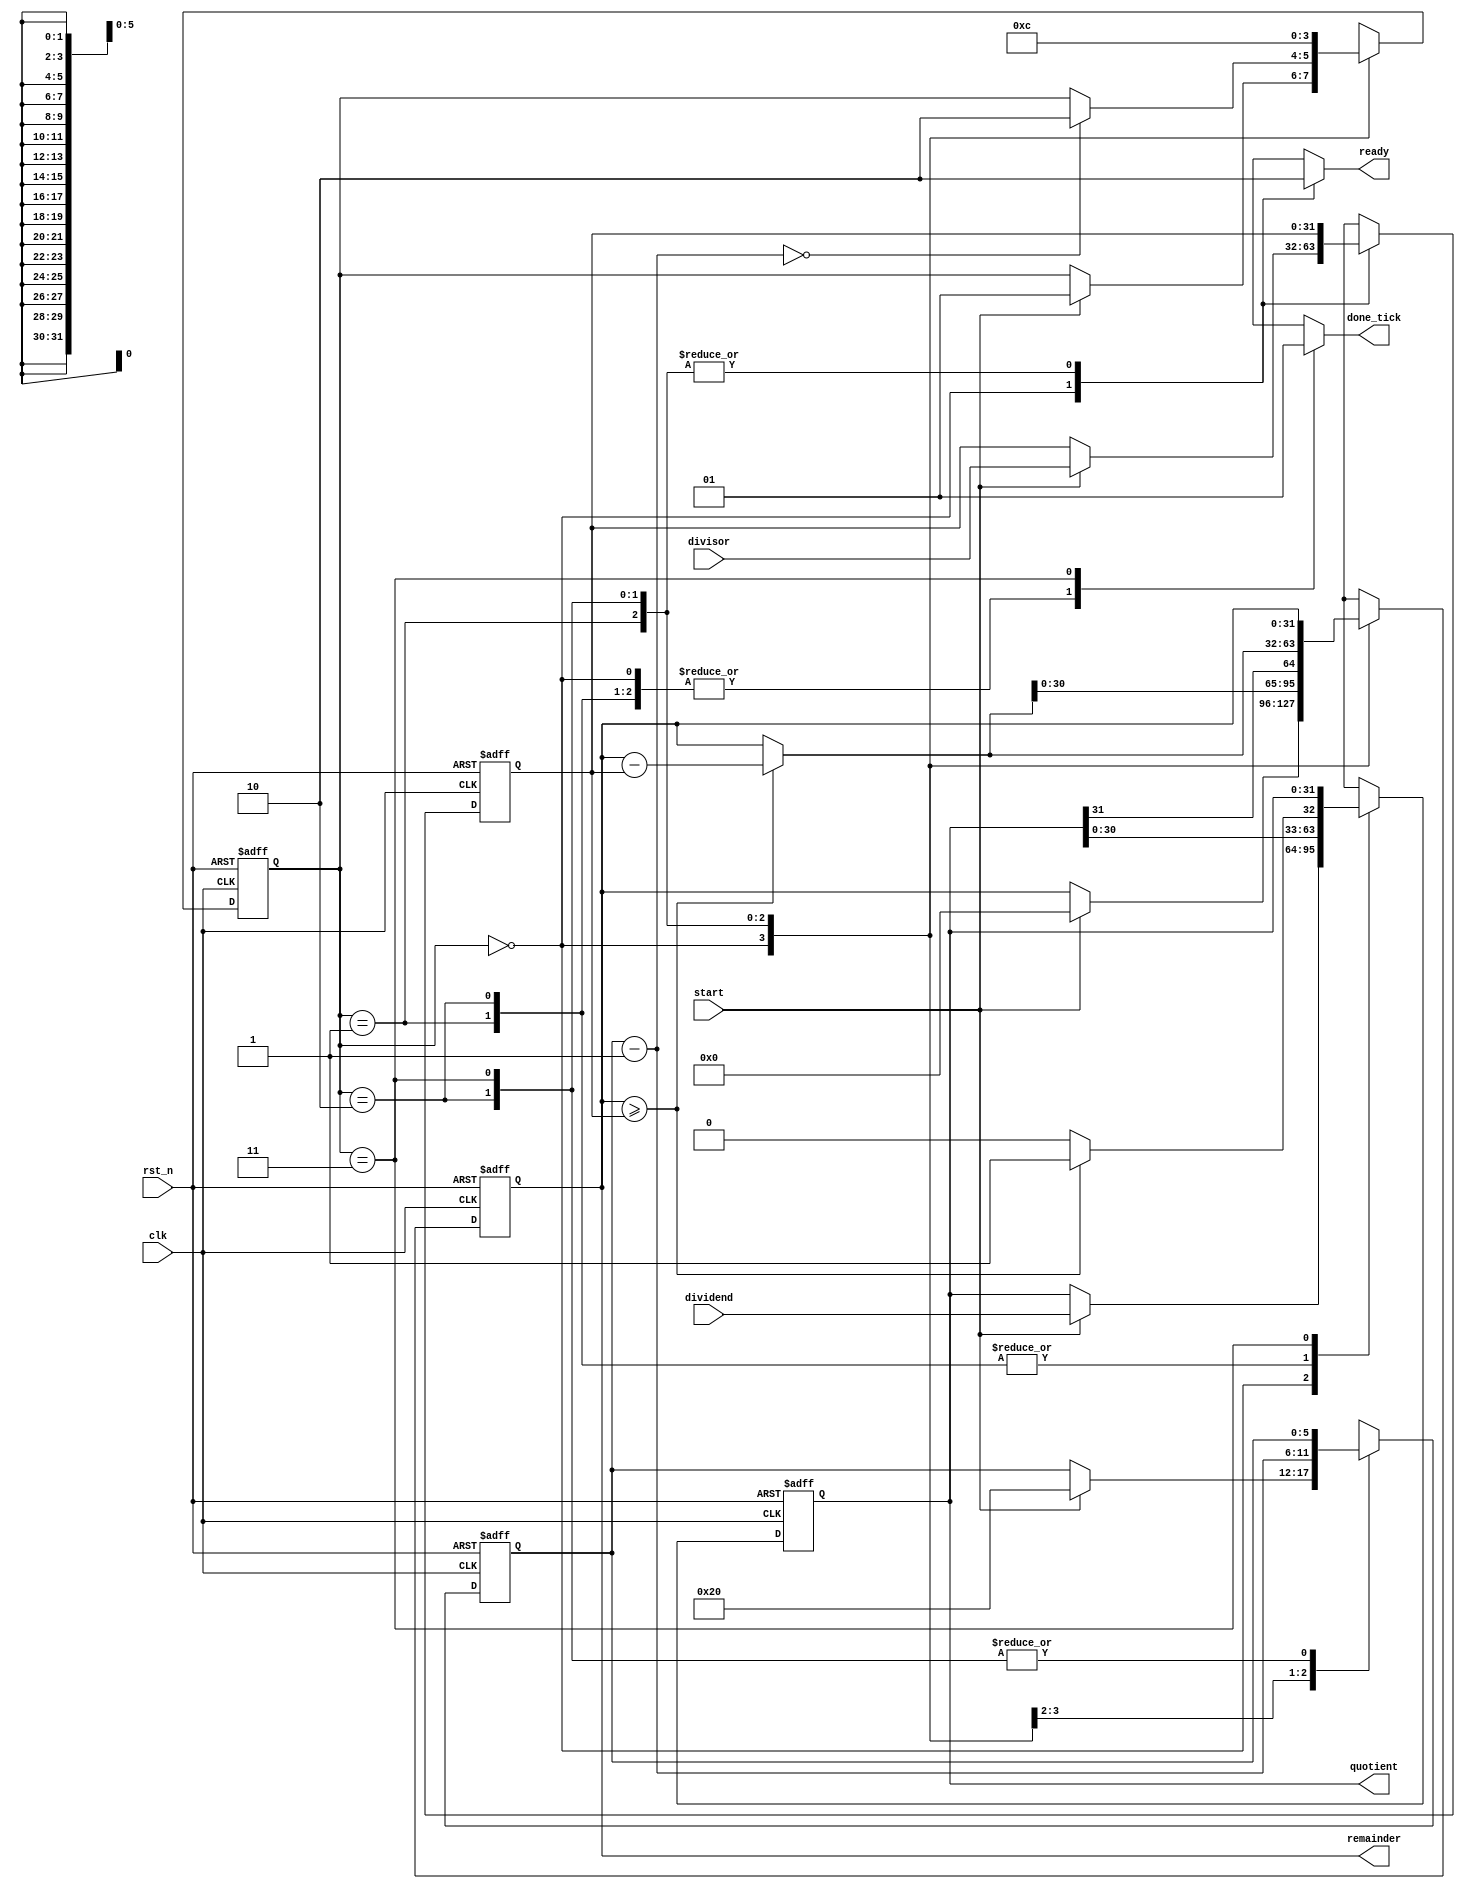
`timescale 1ns / 1ps

module div
	#(parameter W=32, N=6) //W is the width of both dividend and divisor, N is the size of the register that stores binary value of W: N=log_2(W)+1
	(
	input clk,rst_n,
	input start,
	input [W-1:0] dividend,divisor,
	output[W-1:0] quotient,remainder,
	output reg ready,done_tick
    );
	

	 //FSM declarations
	 localparam[1:0] idle=2'd0,
							op=2'd1,
							last=2'd2,
							done=2'd3;
	 reg[1:0] state_reg,state_nxt;
	 reg[W-1:0] dividend_reg,divisor_reg,dividend_nxt,divisor_nxt;
	 reg[W-1:0] remainder_reg,remainder_nxt;
	 reg[N-1:0] n_reg,n_nxt;
	 reg[W-1:0] temp;
	 reg q;
	 
	 //FSM register operations
	 always @(posedge clk,negedge rst_n) begin
		if(!rst_n) begin
			dividend_reg<=0;
			divisor_reg<=0;
			remainder_reg<=0;
			n_reg<=0;
			state_reg<=0;
		end
		else begin
			dividend_reg<=dividend_nxt;
			divisor_reg<=divisor_nxt;
			remainder_reg<=remainder_nxt;
			n_reg<=n_nxt;
			state_reg<=state_nxt;
		end
	 end
	 
	//FSM next-state logics
	always @* begin
		dividend_nxt=dividend_reg;
		divisor_nxt=divisor_reg;
		remainder_nxt=remainder_reg;
		state_nxt=state_reg;
		n_nxt=n_reg;
		ready=0;
		temp=0;
		done_tick=0;
		q=0;
		case(state_reg)
			idle: begin
						ready=1;
						if(start) begin
						dividend_nxt=dividend;
						divisor_nxt=divisor;
						remainder_nxt=0;
						n_nxt=W; //decrements until all dividend is used
						state_nxt=op;
						end
					end
			  op: begin
						if(remainder_reg>=divisor_reg) begin
							temp=remainder_reg-divisor_reg;
							q=1;
						end
						else begin 
							temp=remainder_reg;
							q=0;
						end
						{remainder_nxt,dividend_nxt}={temp[W-2:0],dividend_reg,q};
						n_nxt=n_reg-1;
						if(n_nxt==0) state_nxt=last;
					end
			last: begin
						if(remainder_reg>=divisor_reg) begin
							temp=remainder_reg-divisor_reg;
							q=1;
						end
						else begin 
							temp=remainder_reg;
							q=0;
						end
						dividend_nxt={dividend_reg[W-2:0],q};
						remainder_nxt=temp;
						state_nxt=done;
					end
			done: begin
						done_tick=1;
						state_nxt=idle;
					end
		default: state_nxt=idle;
		endcase
	end
	assign quotient=dividend_reg;
	assign remainder=remainder_reg;
	

endmodule